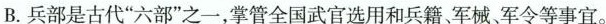
B. 兵部是古代”六部”之一，掌管全国武官选用和兵籍。军械军令等事宜。